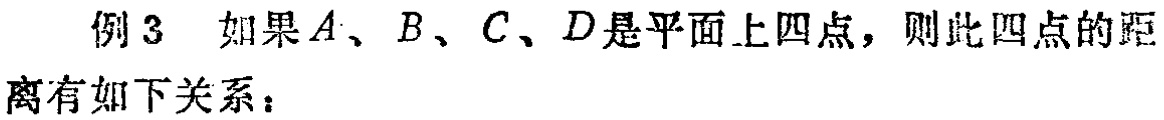
例3 如果\(A\)、\(B\)、\(C\)、\(D\)是平面上四点，则此四点的距\\离有如下关系：